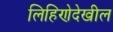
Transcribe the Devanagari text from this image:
लिहिणेदेखील